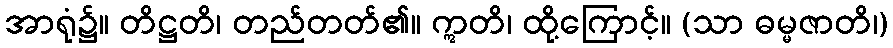
အာရုံ၌။ တိဋ္ဌတိ၊ တည်တတ်၏။ ဣတိ၊ ထို့ကြောင့်။ (သာ ဓမ္မဇာတိ၊)